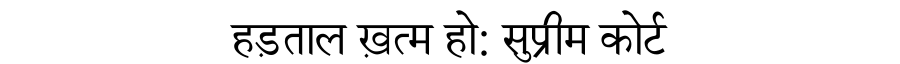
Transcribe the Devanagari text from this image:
हड़ताल ख़त्म हो: सुप्रीम कोर्ट